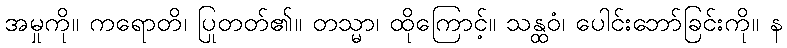
အမှုကို။ ကရောတိ၊ ပြုတတ်၏။ တသ္မာ၊ ထိုကြောင့်။ သန္ထဝံ၊ ပေါင်းဘော်ခြင်းကို။ န